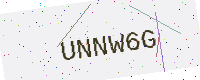
Text: UNNW6G